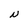
Character: N